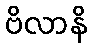
ဗိလာနိ